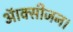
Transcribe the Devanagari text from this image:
ऑक्सीजन।